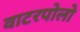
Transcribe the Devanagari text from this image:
वाटरपोलो